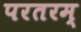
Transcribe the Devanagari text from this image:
परतरम्